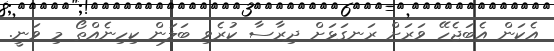
އެކަން އެބަޖެހޭ ވަރަށް ރަނގަޅަށް ދިރާސާ ކުރެވި ބަލަން ކިހިނެއްތޯ މި ވަނީ.